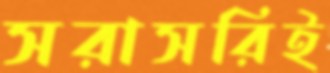
সরাসরিই